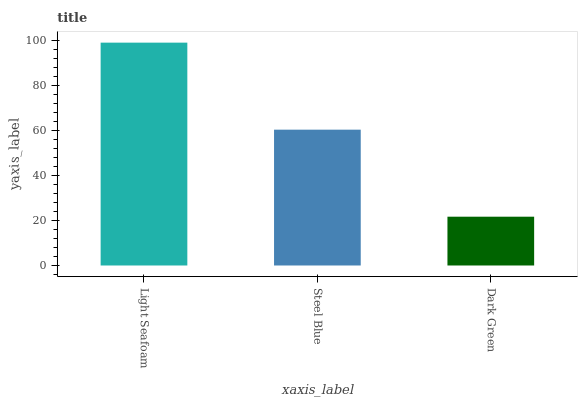
| xaxis_label | bars |
 | --- | --- |
 | Light Seafoam | 99 |
 | Steel Blue | 60.3 |
 | Dark Green | 21.7 |